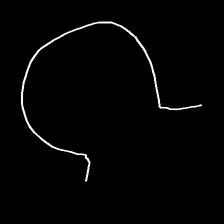
Glyph: weave